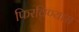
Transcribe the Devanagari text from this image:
फिरविण्यास